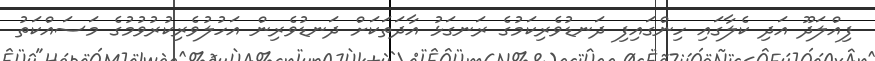
ފިއްލަދޫ އަދި ކެލާގައި ހިންގައިފި ދަނޑުވެރިކަމުގެ ރަނގަޅު އާދަތަކަށް ދަނޑުވެރިން އަހުލުވެރިކުރުވުމުގެ މަސައްކަތު